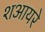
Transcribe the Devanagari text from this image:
शआयरे